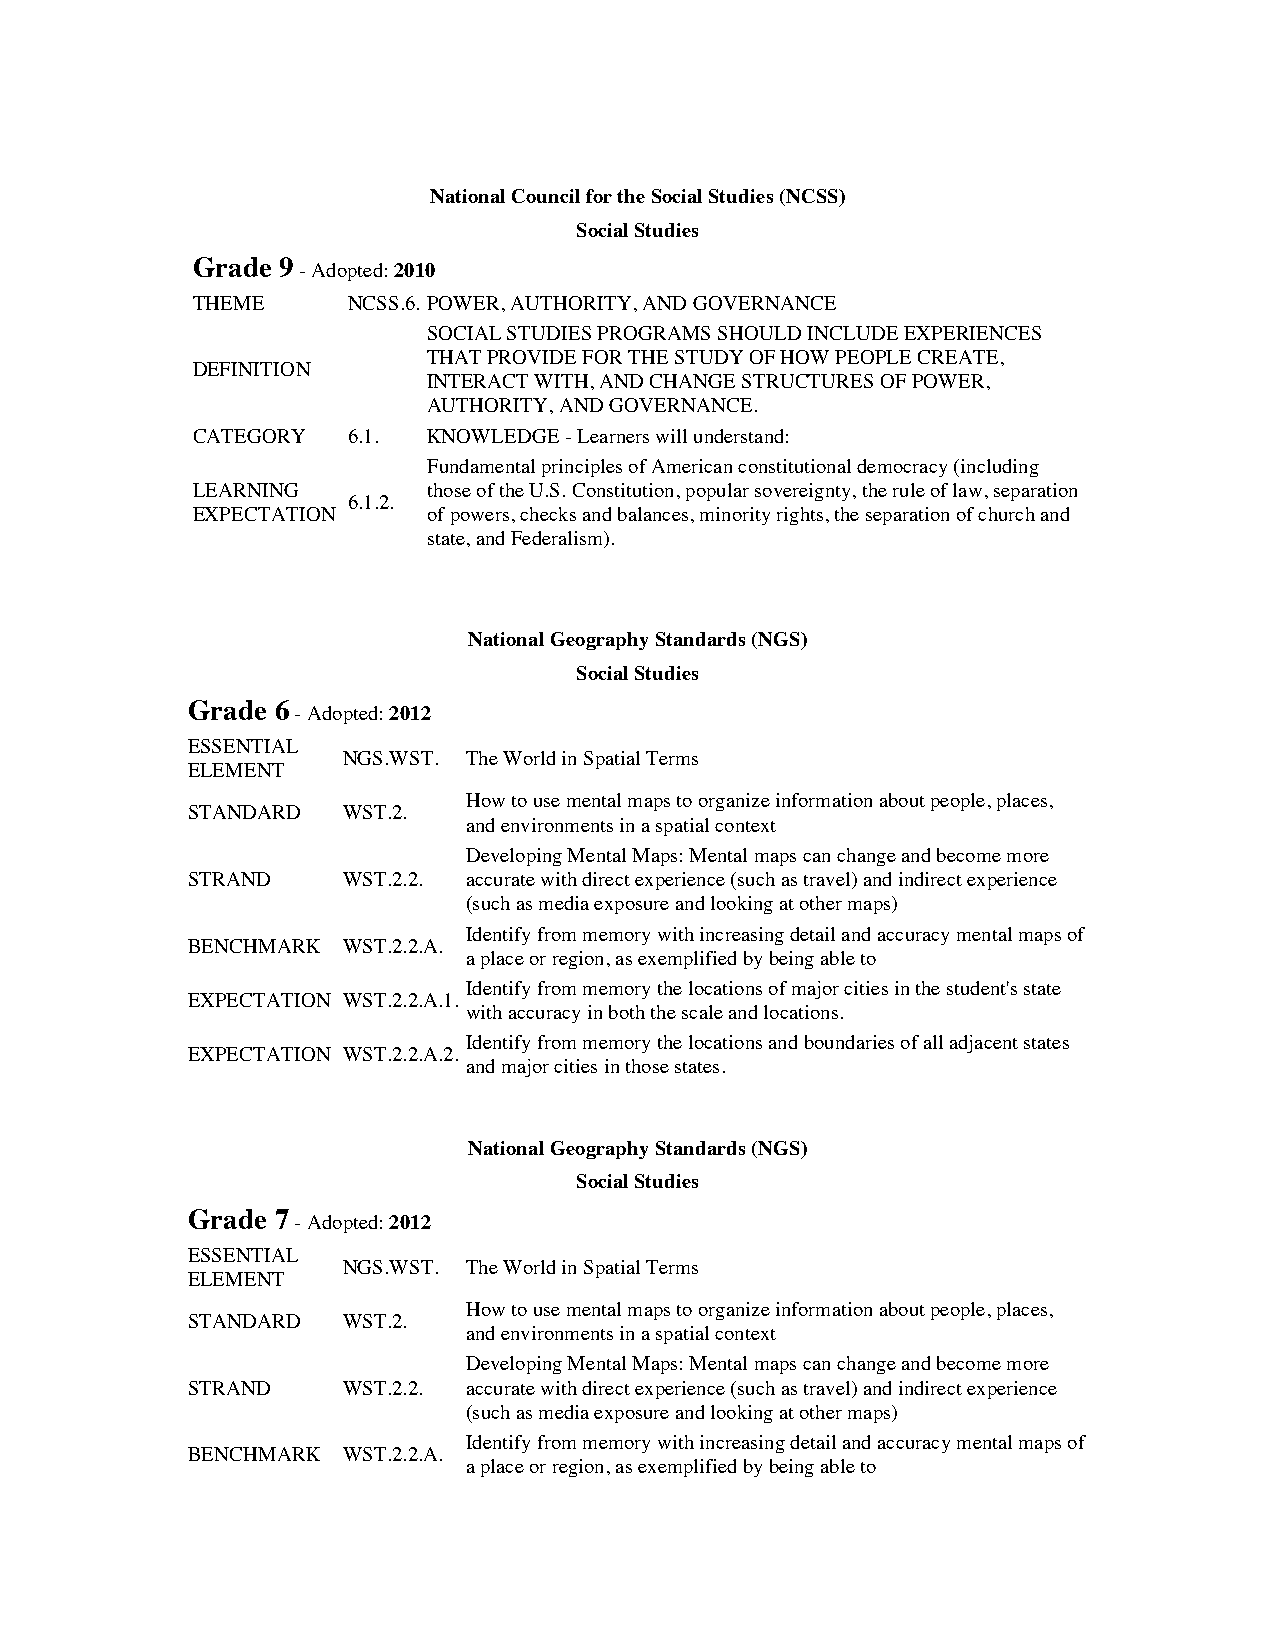
National Council for the Social Studies (NCSS)
 Social Studies
 Grade 9
 - Adopted: 2010
 THEME     NCSS.6. POWER, AUTHORITY, AND GOVERNANCE
 SOCIAL STUDIES PROGRAMS SHOULD INCLUDE EXPERIENCES
 THAT PROVIDE FOR THE STUDY OF HOW PEOPLE CREATE,
 DEFINITION
 INTERACT WITH, AND CHANGE STRUCTURES OF POWER,
 AUTHORITY, AND GOVERNANCE.
 CATEGORY  6.1. KNOWLEDGE - Learners will understand:
 Fundamental principles of American constitutional democracy (including
 LEARNING       those of the U.S. Constitution, popular sovereignty, the rule of law, separation
 6.1.2.
 EXPECTATION    of powers, checks and balances, minority rights, the separation of church and
 state, and Federalism).
 National Geography Standards (NGS)
 Social Studies
 Grade 6
 - Adopted: 2012
 ESSENTIAL
 NGS.WST. The World in Spatial Terms
 ELEMENT
 How to use mental maps to organize information about people, places,
 STANDARD   WST.2.
 and environments in a spatial context
 Developing Mental Maps: Mental maps can change and become more
 STRAND     WST.2.2. accurate with direct experience (such as travel) and indirect experience
 (such as media exposure and looking at other maps)
 Identify from memory with increasing detail and accuracy mental maps of
 BENCHMARK  WST.2.2.A.
 a place or region, as exemplified by being able to
 Identify from memory the locations of major cities in the student's state
 EXPECTATION WST.2.2.A.1.
 with accuracy in both the scale and locations.
 Identify from memory the locations and boundaries of all adjacent states
 EXPECTATION WST.2.2.A.2.
 and major cities in those states.
 National Geography Standards (NGS)
 Social Studies
 Grade 7
 - Adopted: 2012
 ESSENTIAL
 NGS.WST. The World in Spatial Terms
 ELEMENT
 How to use mental maps to organize information about people, places,
 STANDARD   WST.2.
 and environments in a spatial context
 Developing Mental Maps: Mental maps can change and become more
 STRAND     WST.2.2. accurate with direct experience (such as travel) and indirect experience
 (such as media exposure and looking at other maps)
 Identify from memory with increasing detail and accuracy mental maps of
 BENCHMARK  WST.2.2.A.
 a place or region, as exemplified by being able to